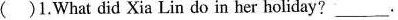
()1.What did Xia Lin do in her holiday? ___.